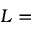
L =